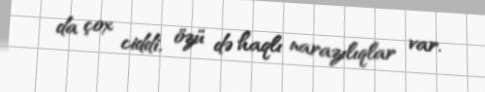
da çox ciddi, özü də haqlı narazılıqlar var.